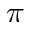
\pi